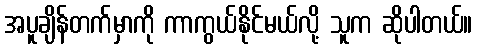
အပူချိန်တက်မှာကို ကာကွယ်နိုင်မယ်လို့ သူက ဆိုပါတယ်။